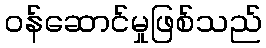
ဝန်ဆောင်မှုဖြစ်သည်